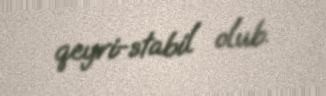
qeyri-stabil olub.